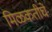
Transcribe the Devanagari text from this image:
मिळकतीचे